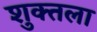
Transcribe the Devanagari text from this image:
शुक्तला